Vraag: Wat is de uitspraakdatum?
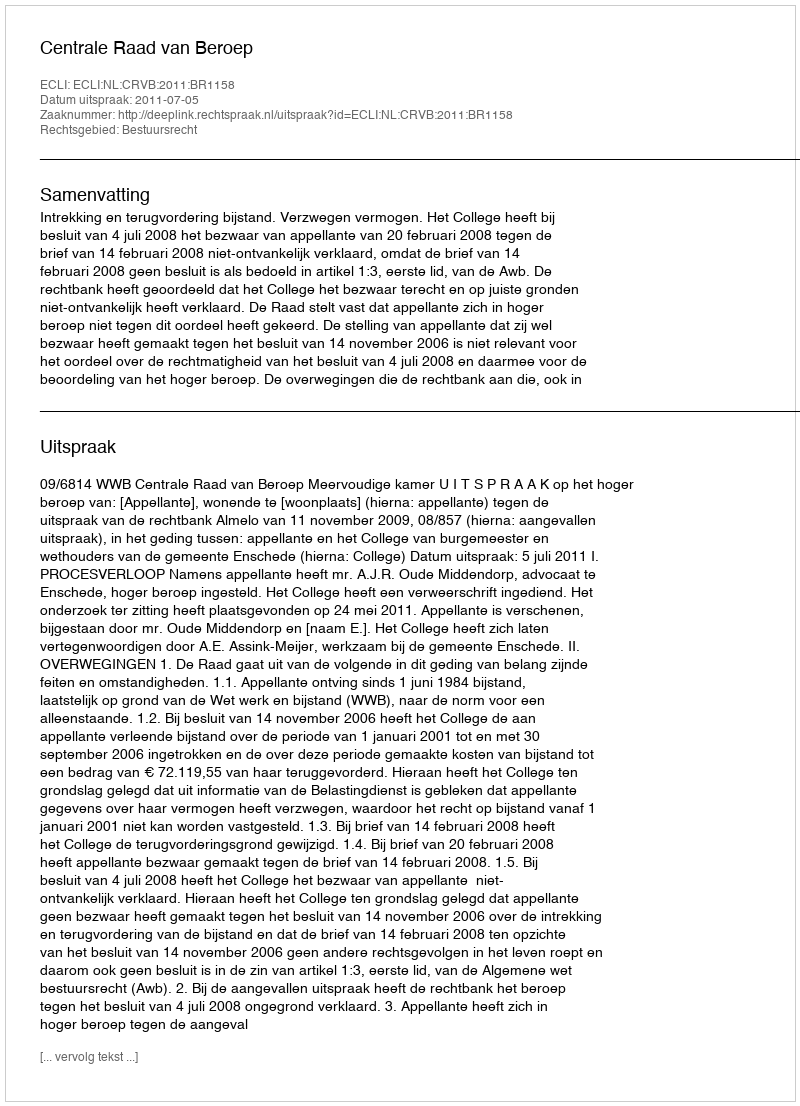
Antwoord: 2011-07-05